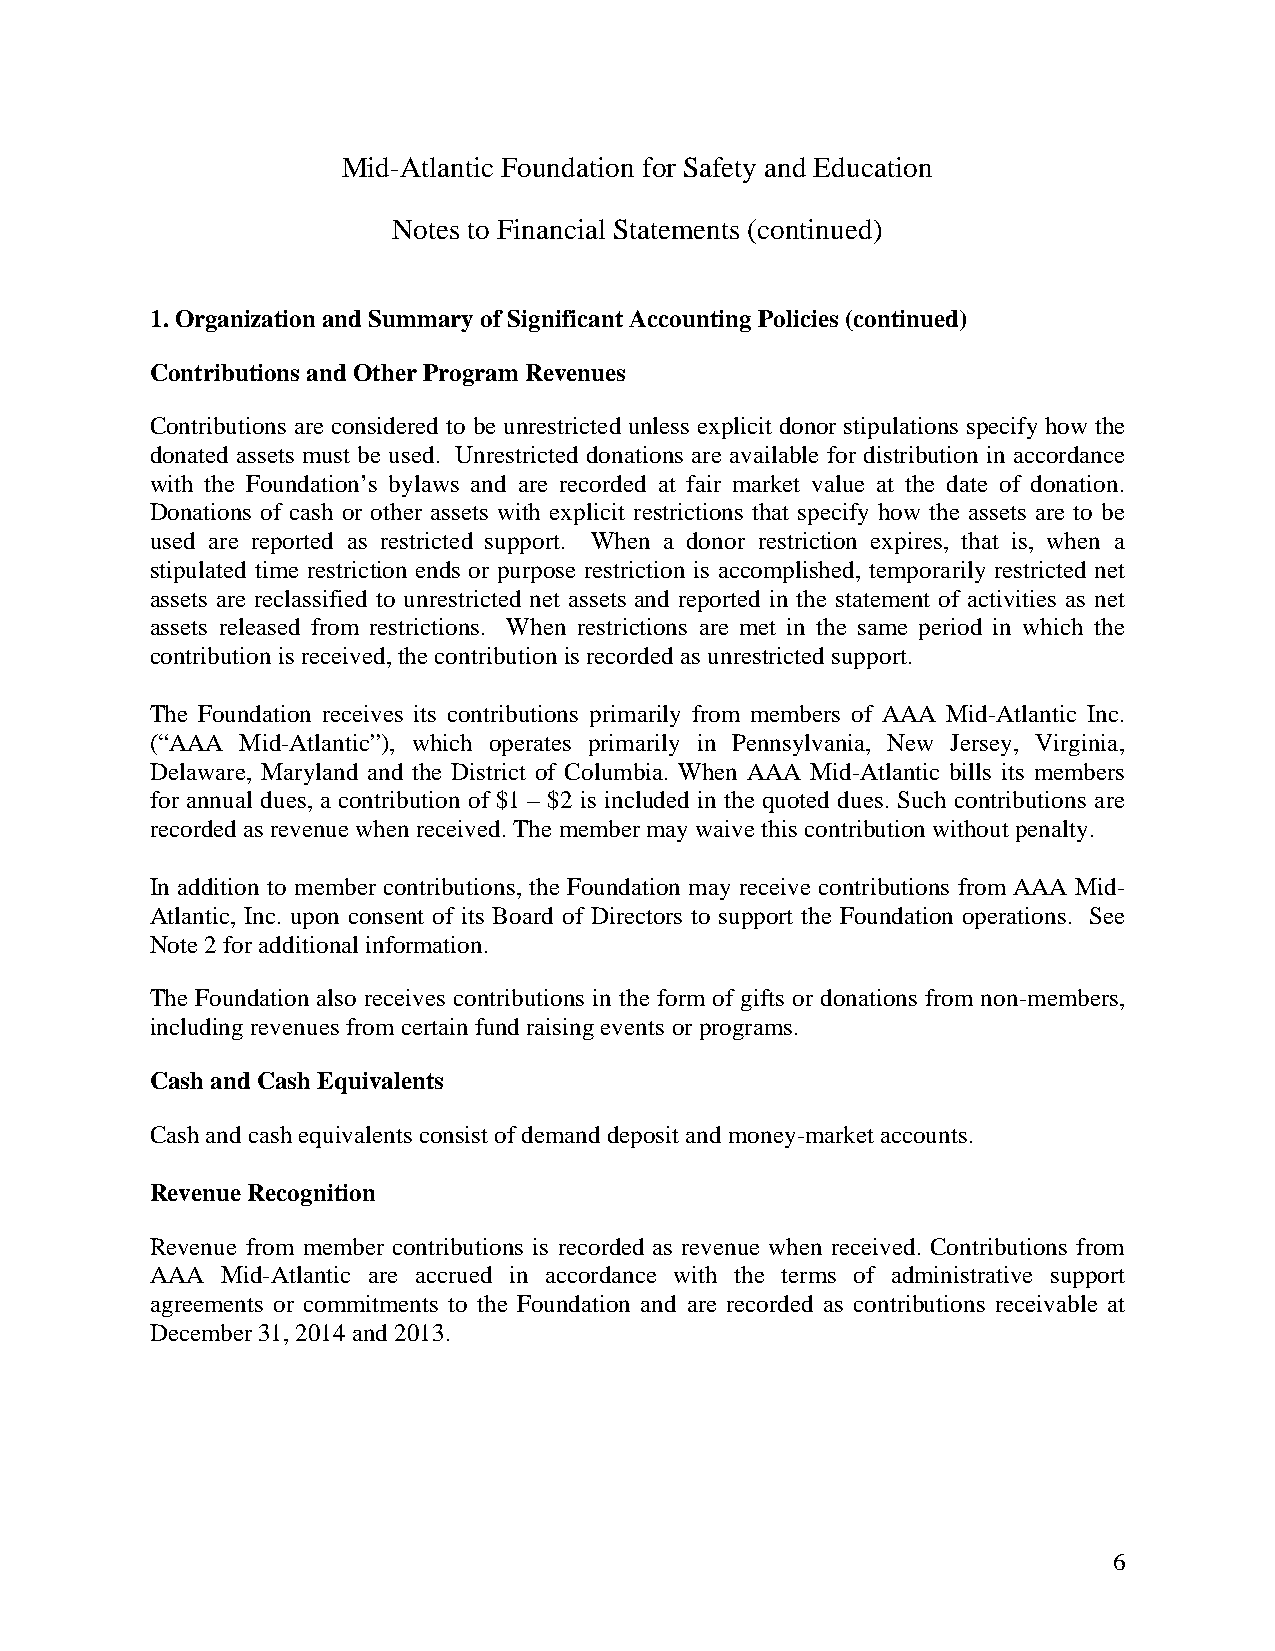
Mid-Atlantic Foundation for Safety and Education
 Notes to Financial Statements (continued)
 1. Organization and Summary of Significant Accounting Policies (continued)
 Contributions and Other Program Revenues
 Contributions are considered to be unrestricted unless explicit donor stipulations specify how the
 donated assets must be used. Unrestricted donations are available for distribution in accordance
 with the Foundation’s bylaws and are recorded at fair market value at the date of donation.
 Donations of cash or other assets with explicit restrictions that specify how the assets are to be
 used are reported as restricted support. When a donor restriction expires, that is, when a
 stipulated time restriction ends or purpose restriction is accomplished, temporarily restricted net
 assets are reclassified to unrestricted net assets and reported in the statement of activities as net
 assets released from restrictions. When restrictions are met in the same period in which the
 contribution is received, the contribution is recorded as unrestricted support.
 The Foundation receives its contributions primarily from members of AAA Mid-Atlantic Inc.
 (“AAA Mid-Atlantic”), which operates primarily in Pennsylvania, New Jersey, Virginia,
 Delaware, Maryland and the District of Columbia. When AAA Mid-Atlantic bills its members
 for annual dues, a contribution of $1 – $2 is included in the quoted dues. Such contributions are
 recorded as revenue when received. The member may waive this contribution without penalty.
 In addition to member contributions, the Foundation may receive contributions from AAA Mid-
 Atlantic, Inc. upon consent of its Board of Directors to support the Foundation operations. See
 Note 2 for additional information.
 The Foundation also receives contributions in the form of gifts or donations from non-members,
 including revenues from certain fund raising events or programs.
 Cash and Cash Equivalents
 Cash and cash equivalents consist of demand deposit and money-market accounts.
 Revenue Recognition
 Revenue from member contributions is recorded as revenue when received. Contributions from
 AAA  Mid-Atlantic are accrued in accordance with the terms of administrative support
 agreements or commitments to the Foundation and are recorded as contributions receivable at
 December 31, 2014 and 2013.
 6